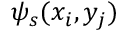
\psi _ { s } ( x _ { i } , y _ { j } )